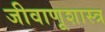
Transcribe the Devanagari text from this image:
जीवाणूशास्त्र